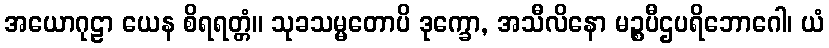
အယောဂုဠာ ယေန စိရရတ္တံ။ သုခသမ္မတောပိ ဒုက္ခော, အသီလိနော မဉ္စပီဌပရိဘောဂေါ၊ ယံ